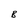
Character: B